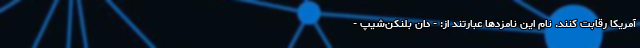
آمریکا رقابت کنند. نام این نامزدها عبارتند از: - دان بلَنکِن‌شیپ -